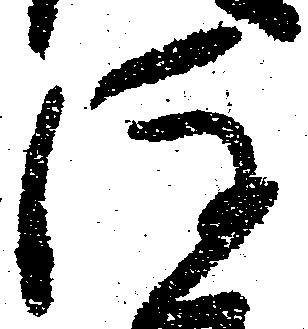
注